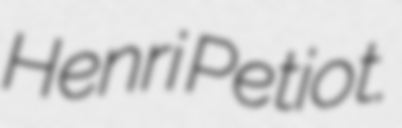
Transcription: Henri Petiot.